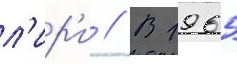
л'ир'и // В 1965